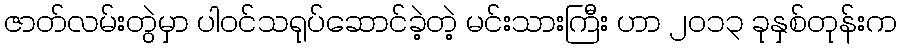
ဇာတ်လမ်းတွဲမှာ ပါဝင်သရုပ်ဆောင်ခဲ့တဲ့ မင်းသားကြီး ဟာ ၂၀၁၃ ခုနှစ်တုန်းက